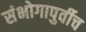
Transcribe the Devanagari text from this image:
संभोगापुर्वीच